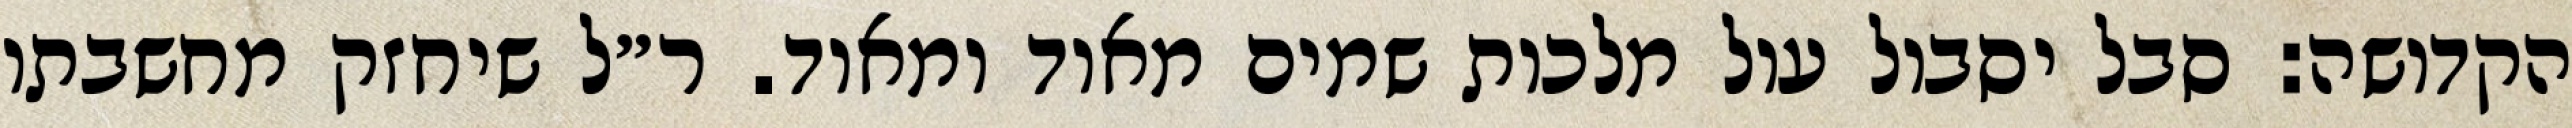
הקדושה: סבל יסבול עול מלכות שמים מאוד ומאוד. ר״ל שיחזק מחשבתו